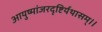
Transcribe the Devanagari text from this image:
आयुष्मांजरदृष्टिर्यथासम्।।